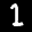
Label: 1